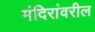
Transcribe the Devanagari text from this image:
मंदिरांवरील